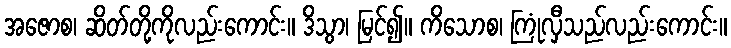
အဇောစ၊ ဆိတ်တို့ကိုလည်းကောင်း။ ဒိသွာ၊ မြင်၍။ ကိသောစ၊ ကြုံလှီသည်လည်းကောင်း။